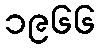
၁၉၆၆